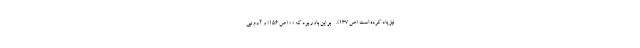
نیز یاد کرده است (ص 137). - بر این باور بود که « » (ص 156) و آدم نبی